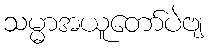
သမ္မာအယူတော်ပဲဗျ